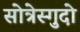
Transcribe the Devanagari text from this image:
सोत्रेस्गुदो